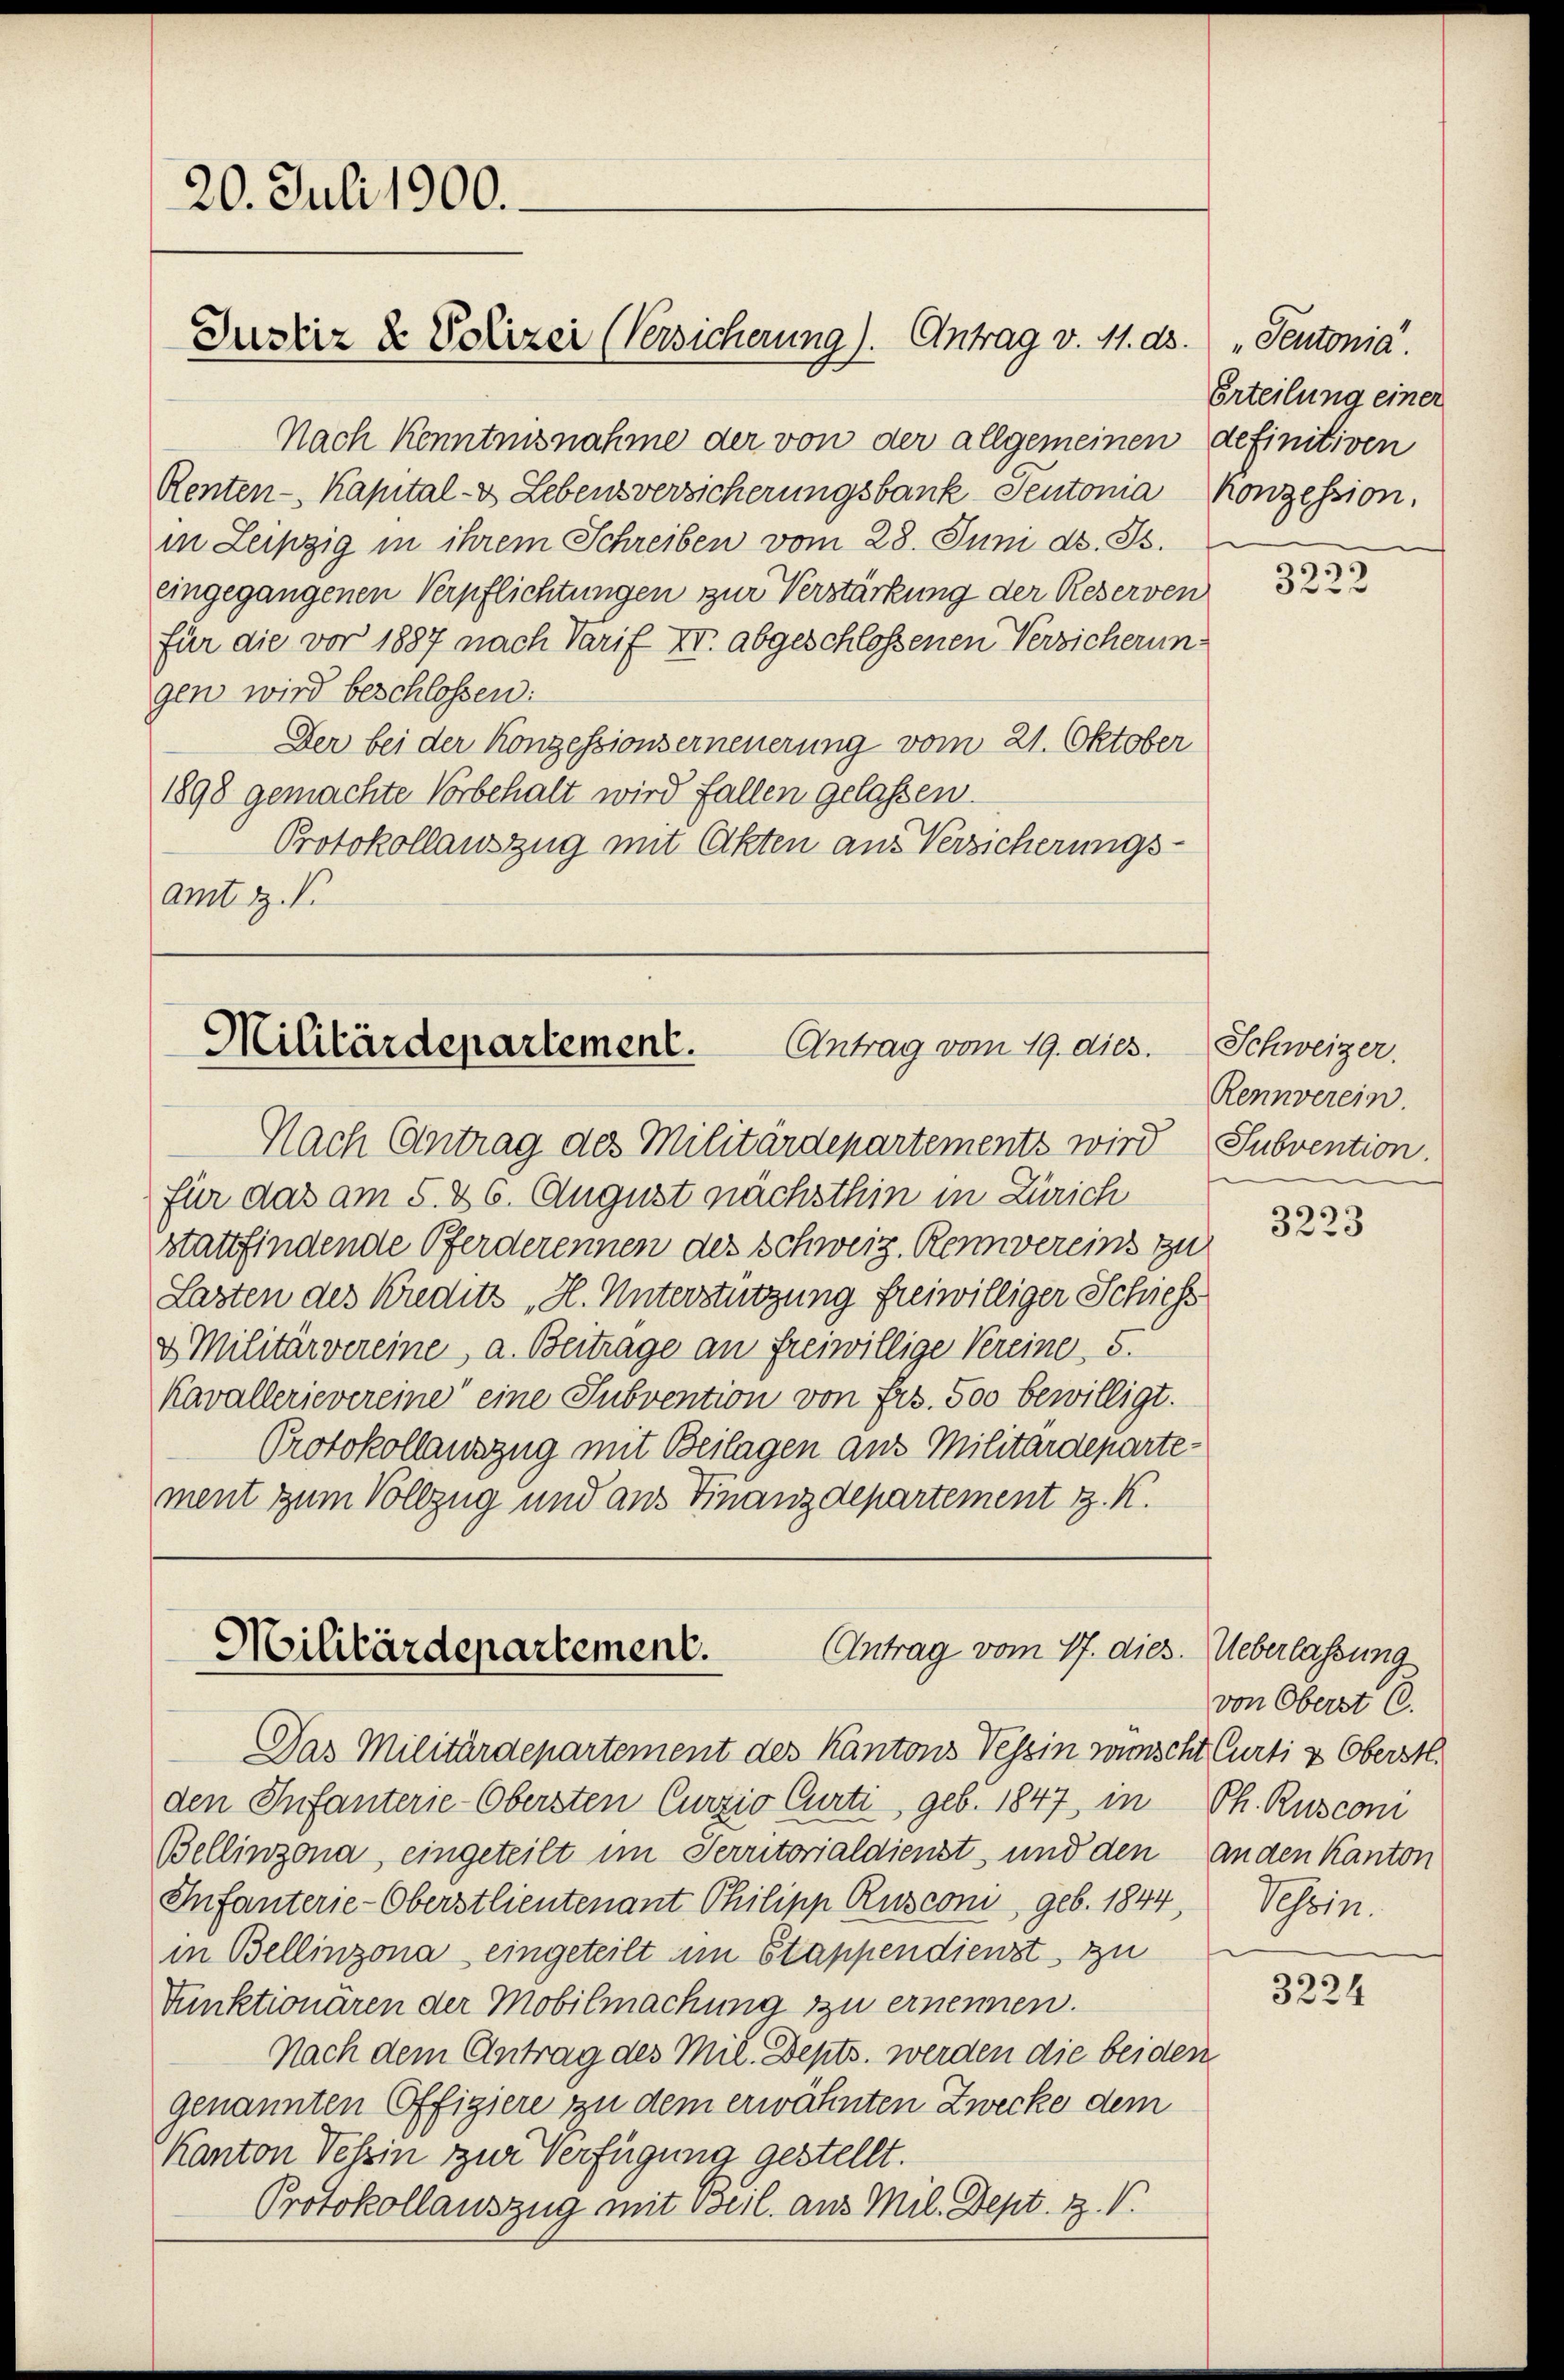
20. Juli 1900.
Justiz & Polizei (Versicherung). Antrag v. 11. ds. „Peutonia".

Nach Kenntnisnahme der von der allgemeinen definitiven
Renten-Kapital- & Lebensversicherungsbank Teutonia Konzession.
in Leipzig in ihrem Schreiben vom 28. Juni d. Js.
eingegangenen Verpflichtungen zur Verstärkung der Reserven
für die vor 1887 nach Tarif Xr. abgeschlossenen Versicherungen wird beschlossen:
Der bei der Konzessionserneuerung vom 21. Oktober
1898 gemachte Vorbehalt wird fallen gelassen.
Protokollauszug mit Akten aus Versicherungs-
amt z. B.

Militärdepartement.
Antrag vom 19. dies.

Antrag vom 17. dies. Ueberlassung
Militärdepartement.

Nach Antrag des Militärdepartements wird Subvention.
für das am 5. & 6. August nächsthin in Zürich
stattfindende Pferderennen des Schweiz. Rennvereins zu
Lasten des Kreditz H. Unterstützung freiwilliger Schiess
& Militärvereine, a. Beitrage an freiwillige Vereine, 5.
Kavallerievereine eine Subvention von Frs. 500 bewilligt.
Protokollauszug mit Beilagen aus Militärdepartement zum Vollzug und aus Finanzdepartement z. K.

Erteilung einer

Das Militärdepartement des Kantons Tessin wünscht Curti & Oberstl.
den Infanterie-Obersten Curzio Curti, geb. 1847 in Ph. Rusconi
Bellinzona, eingeteilt im Serritorialdienst, und den anden Kanton
Infanterie-Oberstlieutenant Philipp Rusconi, geb. 1844, Tessin.
in Bellinzona eingeteilt im Stappendienst zu
Funktionären der Mobilmachung zu ernennen.
Nach dem Antrag des Mil. Depts. werden die beiden
genannten Offigiere zu dem erwähnten Zwecke dem
Kanton Tessin zur Verfügung gestellt.
Protokollauszug mit Beil. aus Mil. Dept. Z. V.

3222

Schweizer.
Rennverein.

3223

von Oberst C.

3224